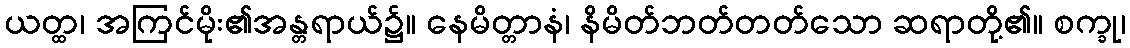
ယတ္ထ၊ အကြင်မိုး၏အန္တရာယ်၌။ နေမိတ္တာနံ၊ နိမိတ်ဘတ်တတ်သော ဆရာတို့၏။ စက္ခု၊